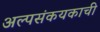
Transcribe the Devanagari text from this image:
अल्पसंकयकाची